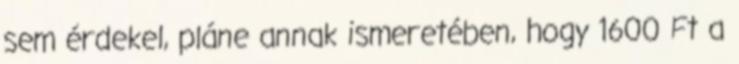
sem érdekel, pláne annak ismeretében, hogy 1600 Ft a